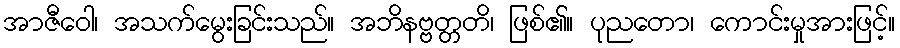
အာဇီဝေါ၊ အသက်မွေးခြင်းသည်။ အဘိနဗ္ဗတ္တတိ၊ ဖြစ်၏။ ပုညတော၊ ကောင်းမှုအားဖြင့်။